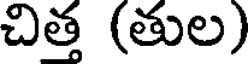
చిత్త (తుల)